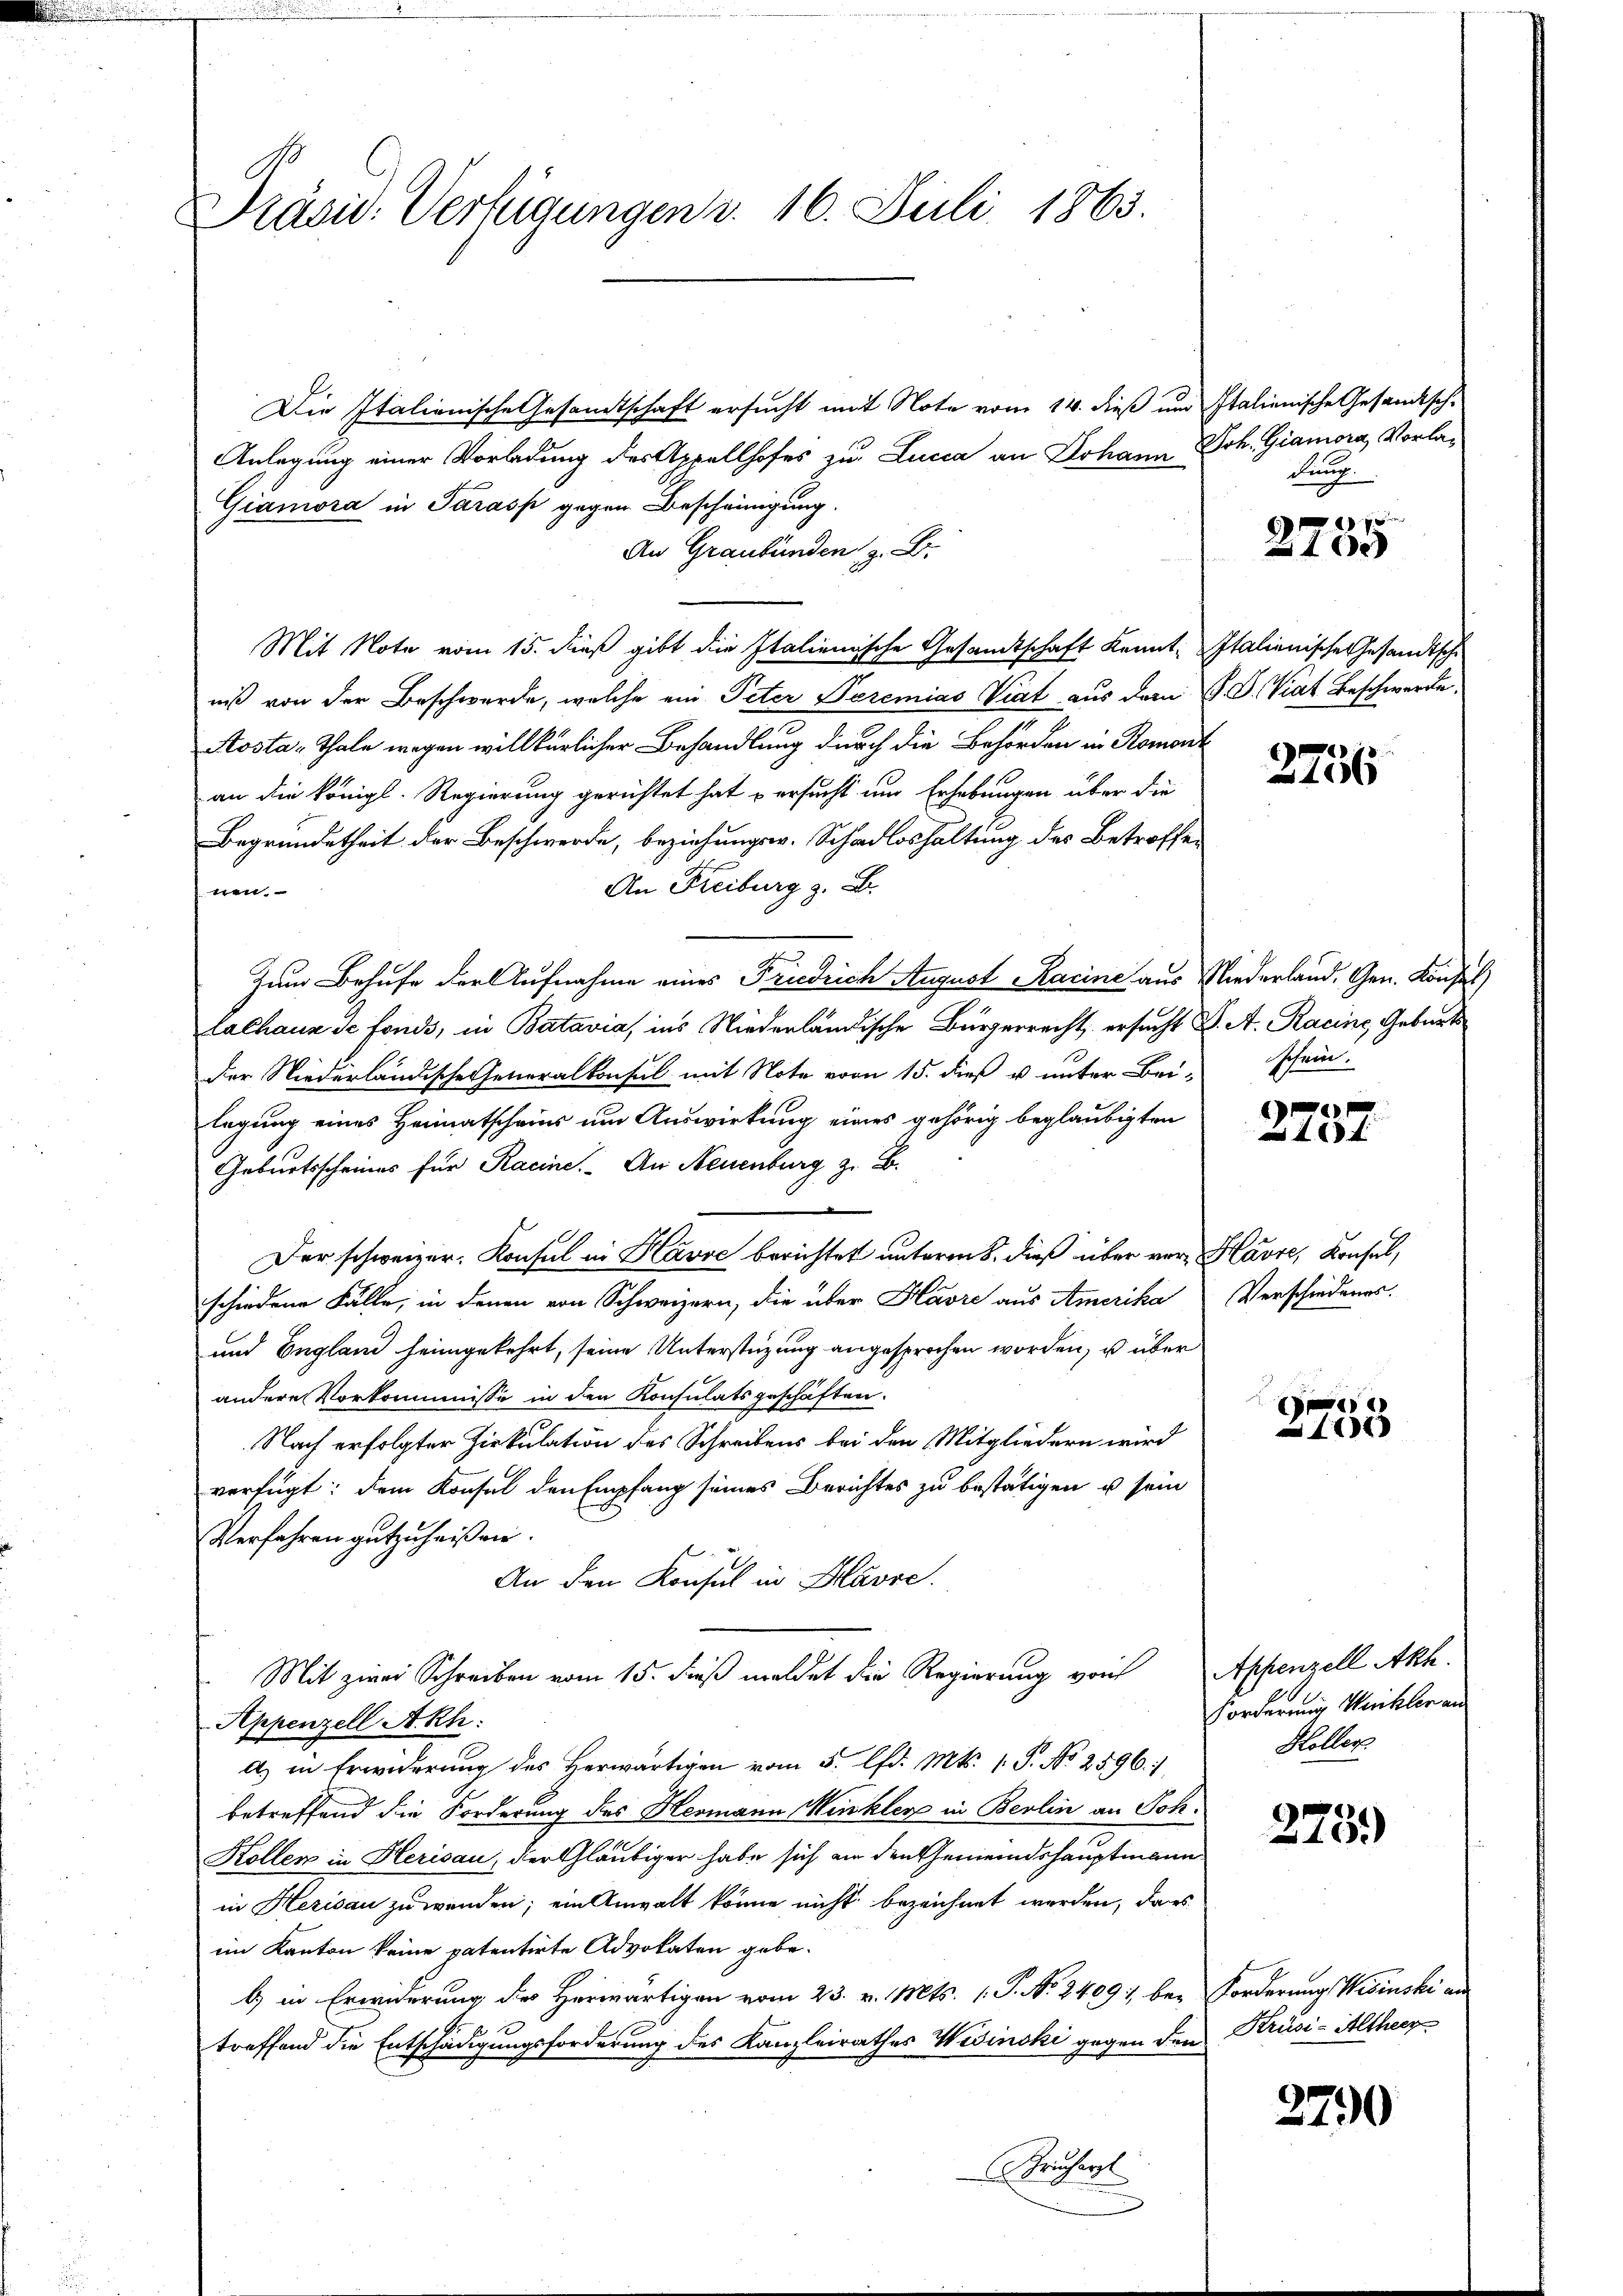
Präsid. Verfügungen v. 16. Juli 1863.

Die Italienische Gesamtschaft ersucht mit Note vom 14. dieß um Italienische Gesandtsch¬
Anlegung einer Vorladung des Appellhofes zu Lucca an Johann
Giamora in Sarass gegen Bescheinigung.
An Graubünden z. B.
Mit Note vom 15. dieß gibt die Italienische Gesamtschaft kennt. Italienische Gesandtsche
niß von der Beschwerde, welche ein Peter Peremias Viat aus dem J. J. Viat Beschwerde,
Aosta-Thale wegen willkürlicher Behandlung durch die Behörden in Romont
an die königl. Regierung gerichtet hat ersucht um Erhebungen über die
Begründetheit der Beschwerde, beziehungsv. Schadloshaltung des Betroffen
An Freiburg z. B.
nen.
Zum Behufe der Aufnahme eines Friedrich August Racine aus Niederland. Gen. Konsul
lalhaus de fonds, in Batavia, ins Niederländische Bürgerrecht ersucht S. A. Racine, Geburts
der Niederländische Generalkonsul mit Note vom 15. dieß u unter Bei-
legung eines Heimatscheins um Auswirkung eines gehörig beglaubigten
Geburtsscheines für Racine. An Neuenburg z. B.
Der schweizer-Konsul in Havre berichtet unterm 8. dieß über vor Havre, Konsul,
schiedene Fälle, in denen von Schweizern, die über Havre aus Amerika Verschiedens-
und England heimgekehrt, seine Unterstüzung angesprochen worden, u über
andere Vorkommnisse in den Konsulatsgeschäften.
Nach erfolgter Zirkulation des Schreibens bei den Mitgliedern wird
verfügt: dem Konsul den Empfang seines Berichtes zu bestätigen u sein
Verfahren gutzuheißen.
An den Konsul in Havre.
Mit zwei Schreiben vom 15. dieß meldet die Regierung von Appenzell Akh.
Appenzell Akh:
A.) in Erwiderung des Herwärtigen vom 5. d. Mts. 1. P. No 2596.
betreffend die Forderung des Hermann Winkler in Berlin an Soh¬
Kollen in Herisau, der Gläubiger habe sich an den Gemeindshauptmann
in Herisau zu wenden; ein Anwalt könne nicht bezeichnet werden, dass
im Kanton keine patentirte Advokaten gebe.
b) in Erwiderung des Herwärtigen vom 23. v. Mts. (: P. Nr. 2409; bey Forderung Webinski an
treffend die Entschädigungsforderung des Kanzleirathes Wisinski gegen den Krüsi-Altheer
Sprucherst
.

Joh. Giamora Vorladung.

2 x
0x

6
106

schein.

2737.

E
1101

Forderrung Weikler an
Höller

275)

2790